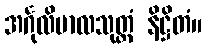
အင်္ဂုလိမာလသုတ္တံ နိဋ္ဌိတံ။